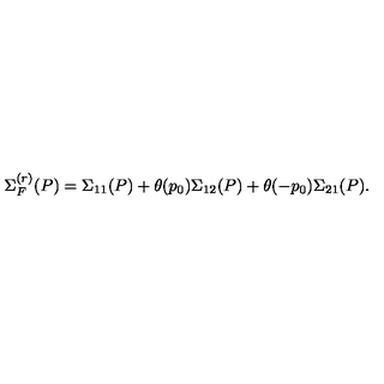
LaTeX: \Sigma _ { F } ^ { ( r ) } ( P ) = \Sigma _ { 1 1 } ( P ) + \theta ( p _ { 0 } ) \Sigma _ { 1 2 } ( P ) + \theta ( - p _ { 0 } ) \Sigma _ { 2 1 } ( P ) .